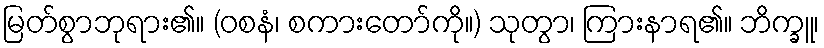
မြတ်စွာဘုရား၏။ (ဝစနံ၊ စကားတော်ကို။) သုတွာ၊ ကြားနာရ၏။ ဘိက္ခူ၊